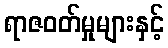
ရာဇဝတ်မှုများနှင့်